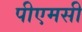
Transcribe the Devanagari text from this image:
पीएमसी